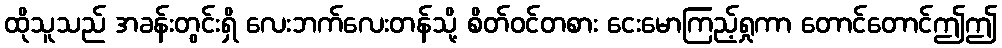
ထိုသူသည် အခန်းတွင်းရှိ လေးဘက်လေးတန်သို့ စိတ်ဝင်တစား ငေးမောကြည့်ရှုကာ တောင်တောင်ဤဤ